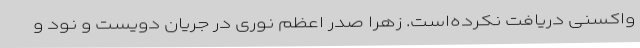
واکسنی دریافت نکرده‌است. زهرا صدر اعظم نوری در جریان دویست و نود و